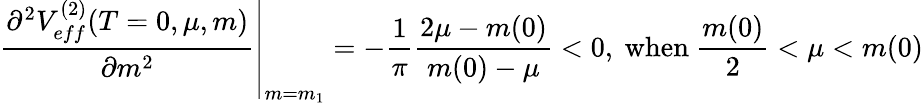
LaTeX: \left.\frac{\partial^{2}V_{eff}^{(2)}(T=0,\mu,m)}{\partial m^{2}}\right|_{m=m_{1}}=-\frac{1}{\pi}\frac{2\mu-m(0)}{m(0)-\mu}<0,\ \mathrm{when}\ \frac{m(0)}{2}<\mu<m(0)